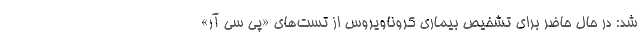
شد: در حال حاضر برای تشخیص بیماری کروناویروس از تست‌های «پی سی آر»